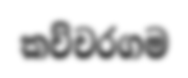
කච්චරගම